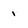
Character: 1